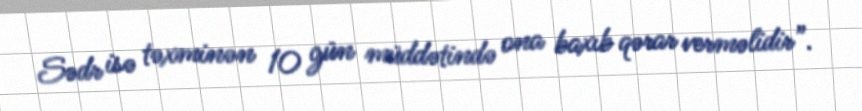
Sədr isə təxminən 10 gün müddətində ona baxıb qərar verməlidir”.